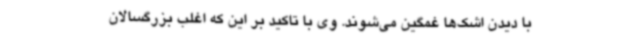
با دیدن اشک‌ها غمگین می‌شوند. وی با تاکید بر این که اغلب بزرگسالان